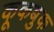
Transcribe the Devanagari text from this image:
कूकबुक